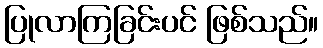
ပြုလာကြခြင်းပင် ဖြစ်သည်။